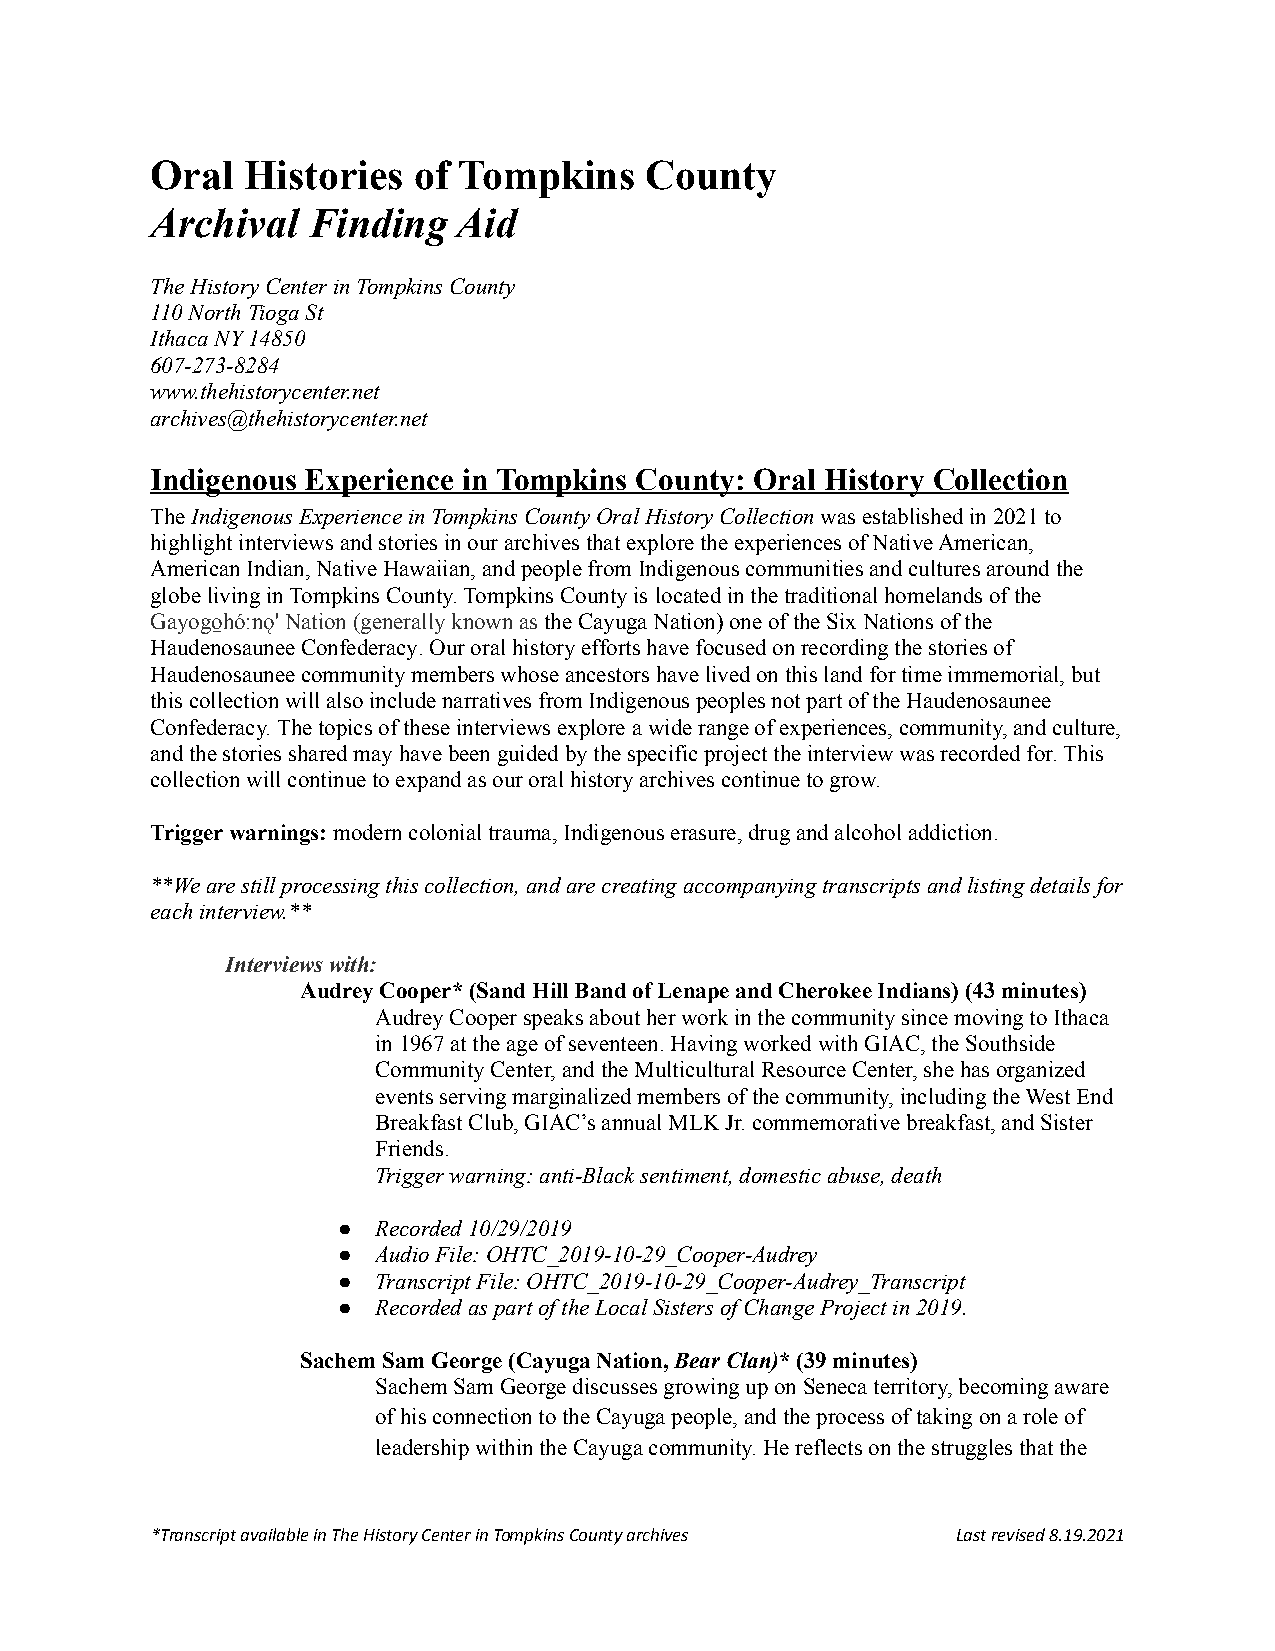
Oral  Histories  of Tompkins     County
 Archival  Finding   Aid
 The History Center in Tompkins County
 110 North Tioga St
 Ithaca NY 14850
 607-273-8284
 www.thehistorycenter.net
 archives@thehistorycenter.net
 Indigenous Experience in Tompkins County: Oral History Collection
 TheIndigenous Experience in Tompkins County OralHistory Collectionwas established in 2021 to
 highlight interviews and stories in our archives thatexplore the experiences of Native American,
 American Indian, Native Hawaiian, and people fromIndigenous communities and cultures around the
 globe living in Tompkins County. Tompkins County is located in the traditional homelands of the
 Gayogo̱hó:nǫ' Nation (generally known astheCayugaNation) one of the Six Nations of the
 Haudenosaunee Confederacy. Our oral history effortshave focused on recording the stories of
 Haudenosaunee community members whose ancestors havelived on this land for time immemorial, but
 this collection will also include narratives fromIndigenous peoples not part of the Haudenosaunee
 Confederacy. The topics of these interviews explorea wide range of experiences, community, and culture,
 and the stories shared may have been guided by thespecific project the interview was recorded for.This
 collection will continue to expand as our oral historyarchives continue to grow.
 Trigger warnings:modern colonial trauma, Indigenouserasure, drug and alcohol addiction.
 **We are still processing this collection, and arecreating accompanying transcripts and listing detailsfor
 each interview.**
 Interviews with:
 Audrey Cooper* (Sand Hill Band of Lenape and CherokeeIndians) (43 minutes)
 Audrey Cooper speaks about her work in the communitysince moving to Ithaca
 in 1967 at the age of seventeen. Having worked withGIAC, the Southside
 Community Center, and the Multicultural Resource Center,she has organized
 events serving marginalized members of the community,including the West End
 Breakfast Club, GIAC’s annual MLK Jr. commemorativebreakfast, and Sister
 Friends.
 Trigger warning: anti-Black sentiment, domestic abuse,death
 ●  Recorded 10/29/2019
 ●  Audio File: OHTC_2019-10-29_Cooper-Audrey
 ●  Transcript File: OHTC_2019-10-29_Cooper-Audrey_Transcript
 ●  Recorded as part of the Local Sisters of Change Projectin 2019.
 Sachem Sam George (Cayuga Nation,Bear Clan)* (39minutes)
 Sachem Sam George discusses growing up on Seneca territory,becoming aware
 of his connection to the Cayuga people, and the processof taking on a role of
 leadership within the Cayuga community. He reflectson the struggles that the
 *Transcript available in The History Center in TompkinsCounty archives Last revised 8.19.2021